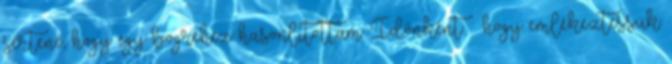
sértené, hogy egy bögréhez hasonlítottam. Időnként – hogy emlékeztessük